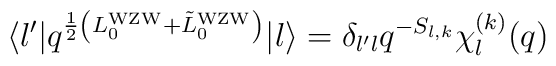
\langle l' |  q^{{1 \over 2}  \left( L_0^{\rm WZW} + {\tilde L}_0^{\rm WZW} \right)} | l \rangle = \delta_{l'l} q^{-S_{l,k}} \chi^{(k)}_l(q)